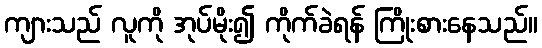
ကျားသည် လူကို အုပ်မိုး၍ ကိုက်ခဲရန် ကြိုးစားနေသည်။